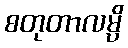
စတုတာလမ္ပိ